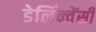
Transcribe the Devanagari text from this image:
डेलिंक्वेंसी